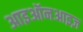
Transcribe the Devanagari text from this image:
आइऑनआइज़